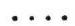
....